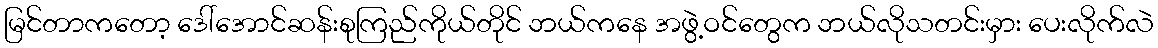
မြင်တာကတော့ ဒေါ်အောင်ဆန်းစုကြည်ကိုယ်တိုင် ဘယ်ကနေ အဖွဲ့ဝင်တွေက ဘယ်လိုသတင်းမှား ပေးလိုက်လဲ